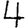
Digit: 4